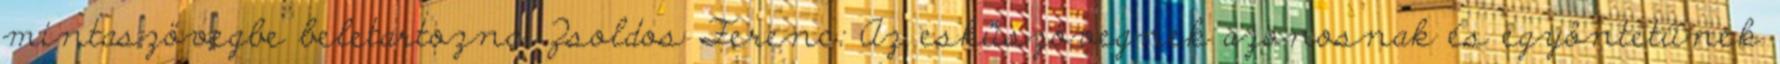
mintaszövegbe beletartozna. Zsoldos Ferenc: Az esküszövegnek azonosnak és egyöntetűnek